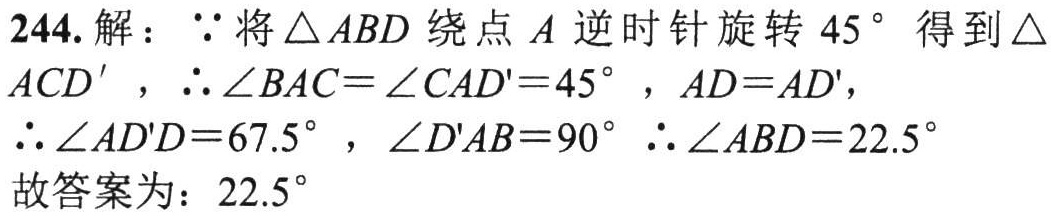
244. 解：\(\because\)将\(\triangle ABD\)绕点\(A\)逆时针旋转\(45^{\circ}\)得到\(\triangle ACD'\)，\(\therefore \angle BAC = \angle CAD' = 45^{\circ}\)，\(AD = AD'\)，\(\therefore \angle AD'D = 67.5^{\circ}\)，\(\angle D'AB = 90^{\circ}\) \(\therefore \angle ABD = 22.5^{\circ}\) 故答案为：\(22.5^{\circ}\)